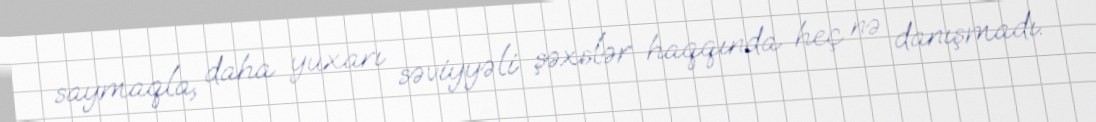
saymaqla, daha yuxarı səviyyəli şəxslər haqqında heç nə danışmadı.